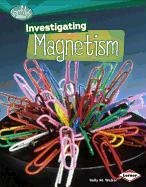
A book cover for Investigating Magnetism (Searchlight Books); Sally M. Walker; Children's Books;